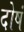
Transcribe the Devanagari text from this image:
दोषं